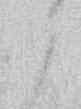
候